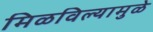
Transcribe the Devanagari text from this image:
मिळविल्यामुळे